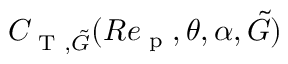
C _ { \textup { T } , \tilde { G } } ( R e _ { \textup { p } } , \theta , \alpha , \tilde { G } )